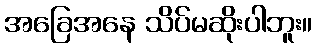
အခြေအနေ သိပ်မဆိုးပါဘူး။